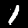
Digit: 1